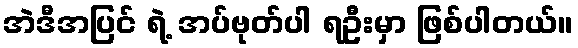
အဲဒီအပြင် ရဲ့ အပ်ဗုတ်ပါ ရဦးမှာ ဖြစ်ပါတယ်။